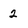
Character: 2